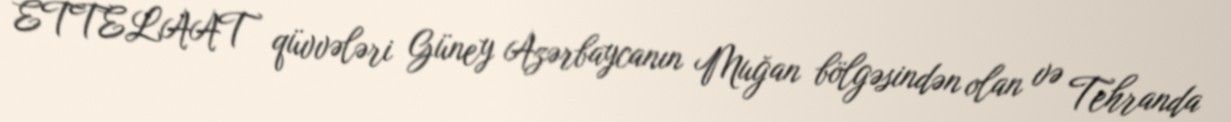
ETTELAAT qüvvələri Güney Azərbaycanın Muğan bölgəsindən olan və Tehranda